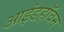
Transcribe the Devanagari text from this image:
आइंडहॉवन